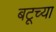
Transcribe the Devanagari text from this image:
बटूच्या